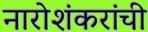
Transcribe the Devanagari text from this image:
नारोशंकरांची